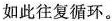
如此往复循环。